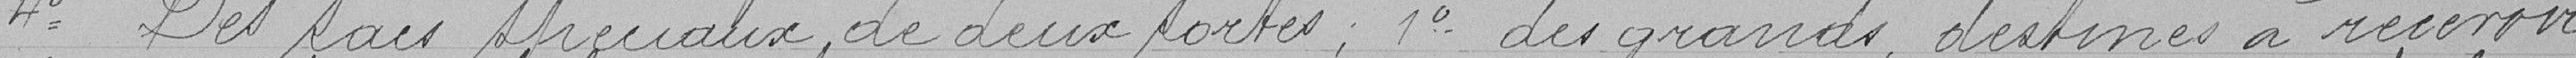
Des sacs Spéciaux de deux sortes : 1° des grands destinés à